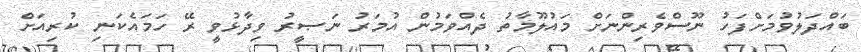
ބައްދަލުވުމަށްފަހު ނޫސްވެރިންނަށް މައުލޫމާތު ދެއްވަމުން އުމަރު ނަޞީރު ވިދާޅުވީ ރޭ ހަމައެކަނި ކުރިއަށް